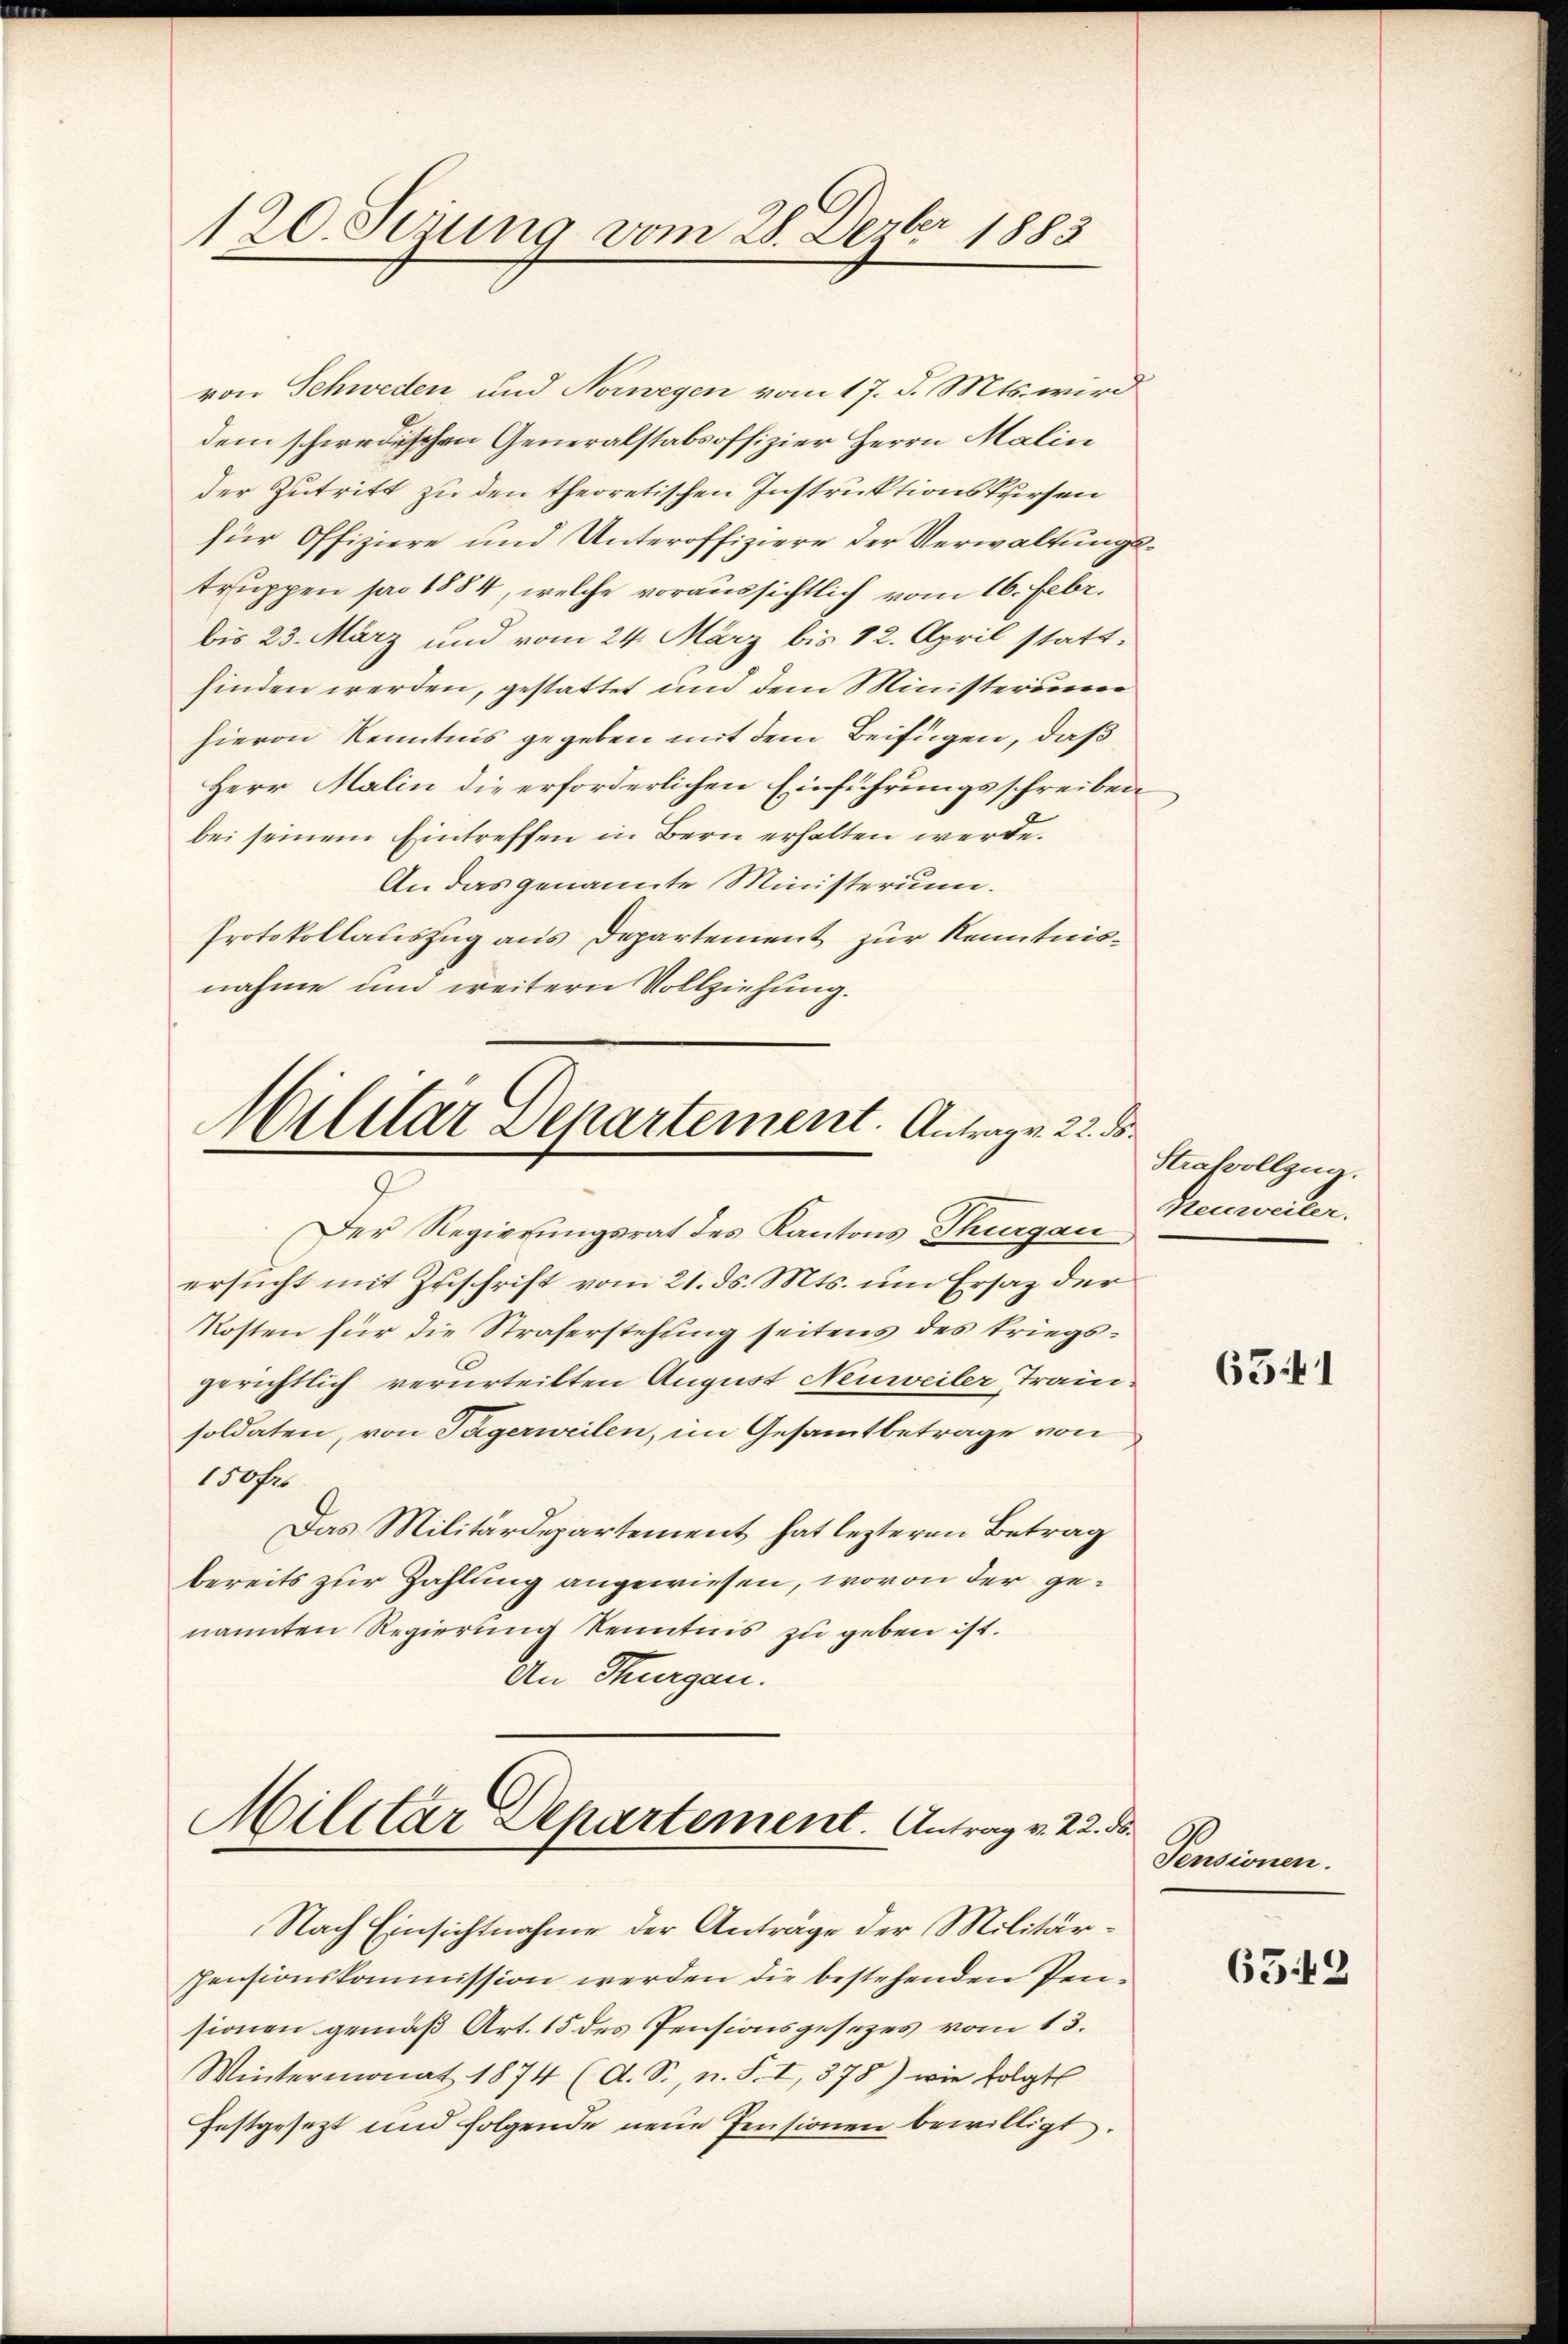
120. Seiung vom 28. Dezbr 1883

von Schweden, und Norwegen vom 17. d. Mts. wird
dem schwedischen Generalstabsoffizier Herrn Malin
der Zutritt zu den theoretischen Instruktionskursen
für Offiziere und Unteroffiziere der Verwaltungstruppen pro 1884, welche voraussichtlich vom 16. Febr.
bis 23. März und vom 24. März bis 12. April stattfinden werden, gestattet und dem Ministerum
hievon Kenntnis gegeben mit dem Beifügen, daß
Herr Malin die erforderlichen Einführungsschreiben
bei seinem Eintreffen in Bern erhalten werde.
An das genannte Ministerium.
Protokollauszug aus Departement zur Kenntnisnahme und weitern Vollziehung.

Militar Separtement. Antragen 22. ds.
Der Regierungsrat des Kantons Thurgau

ersucht mit Zuschrift vom 21. ds. Mts. um Ersatz der
Kosten für die Straferstehung seitens des triegsgerichtlich verurteilten August Neuweiler Trau-
soldaten, von Tagerweilen, im Gesammtbetrage von
150fr
Das Militärdepartement hat lezteren Betrag
bereits zur Zahlung angewiesen, wovon der genannten Regierung kenntnis zu geben ist.
An Thurgau.

Militär Aepartement. Antrag v. 22. ds.
Nach Einsichtnahme der Anträge der Militär¬

pensionskommission werden die bestehenden Pensionen gemäß Art. 15 des Pensionsgesezes vom 13.
Wintermonat 1874 (A. S., n. F. I, 578) wie folgt
festgesezt und folgende neue Pensionen bewilligt.

Strafvollzug.
Menweiler.

631

Pensionen.

6542